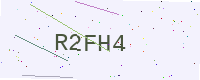
Text: R2FH4